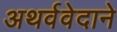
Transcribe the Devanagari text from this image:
अथर्ववेदाने